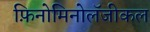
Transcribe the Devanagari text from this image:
फ़िनोमिनोलॅजीकल